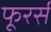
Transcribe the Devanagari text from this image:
फूरर्स